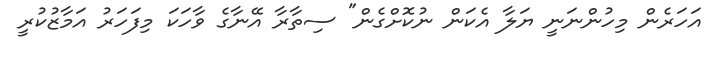
އަހަރެން މިހުންނަނީ ޔަލާ އެކަން ނުކޮށްގެން" ސިތާރާ އޭނާގެ ވާހަކަ މިފަހަރު އަމާޒުކުރީ